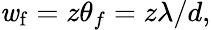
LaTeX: \mathit{w}_{\mathrm{{f}}}=z\theta_{f}=z\lambda/d,